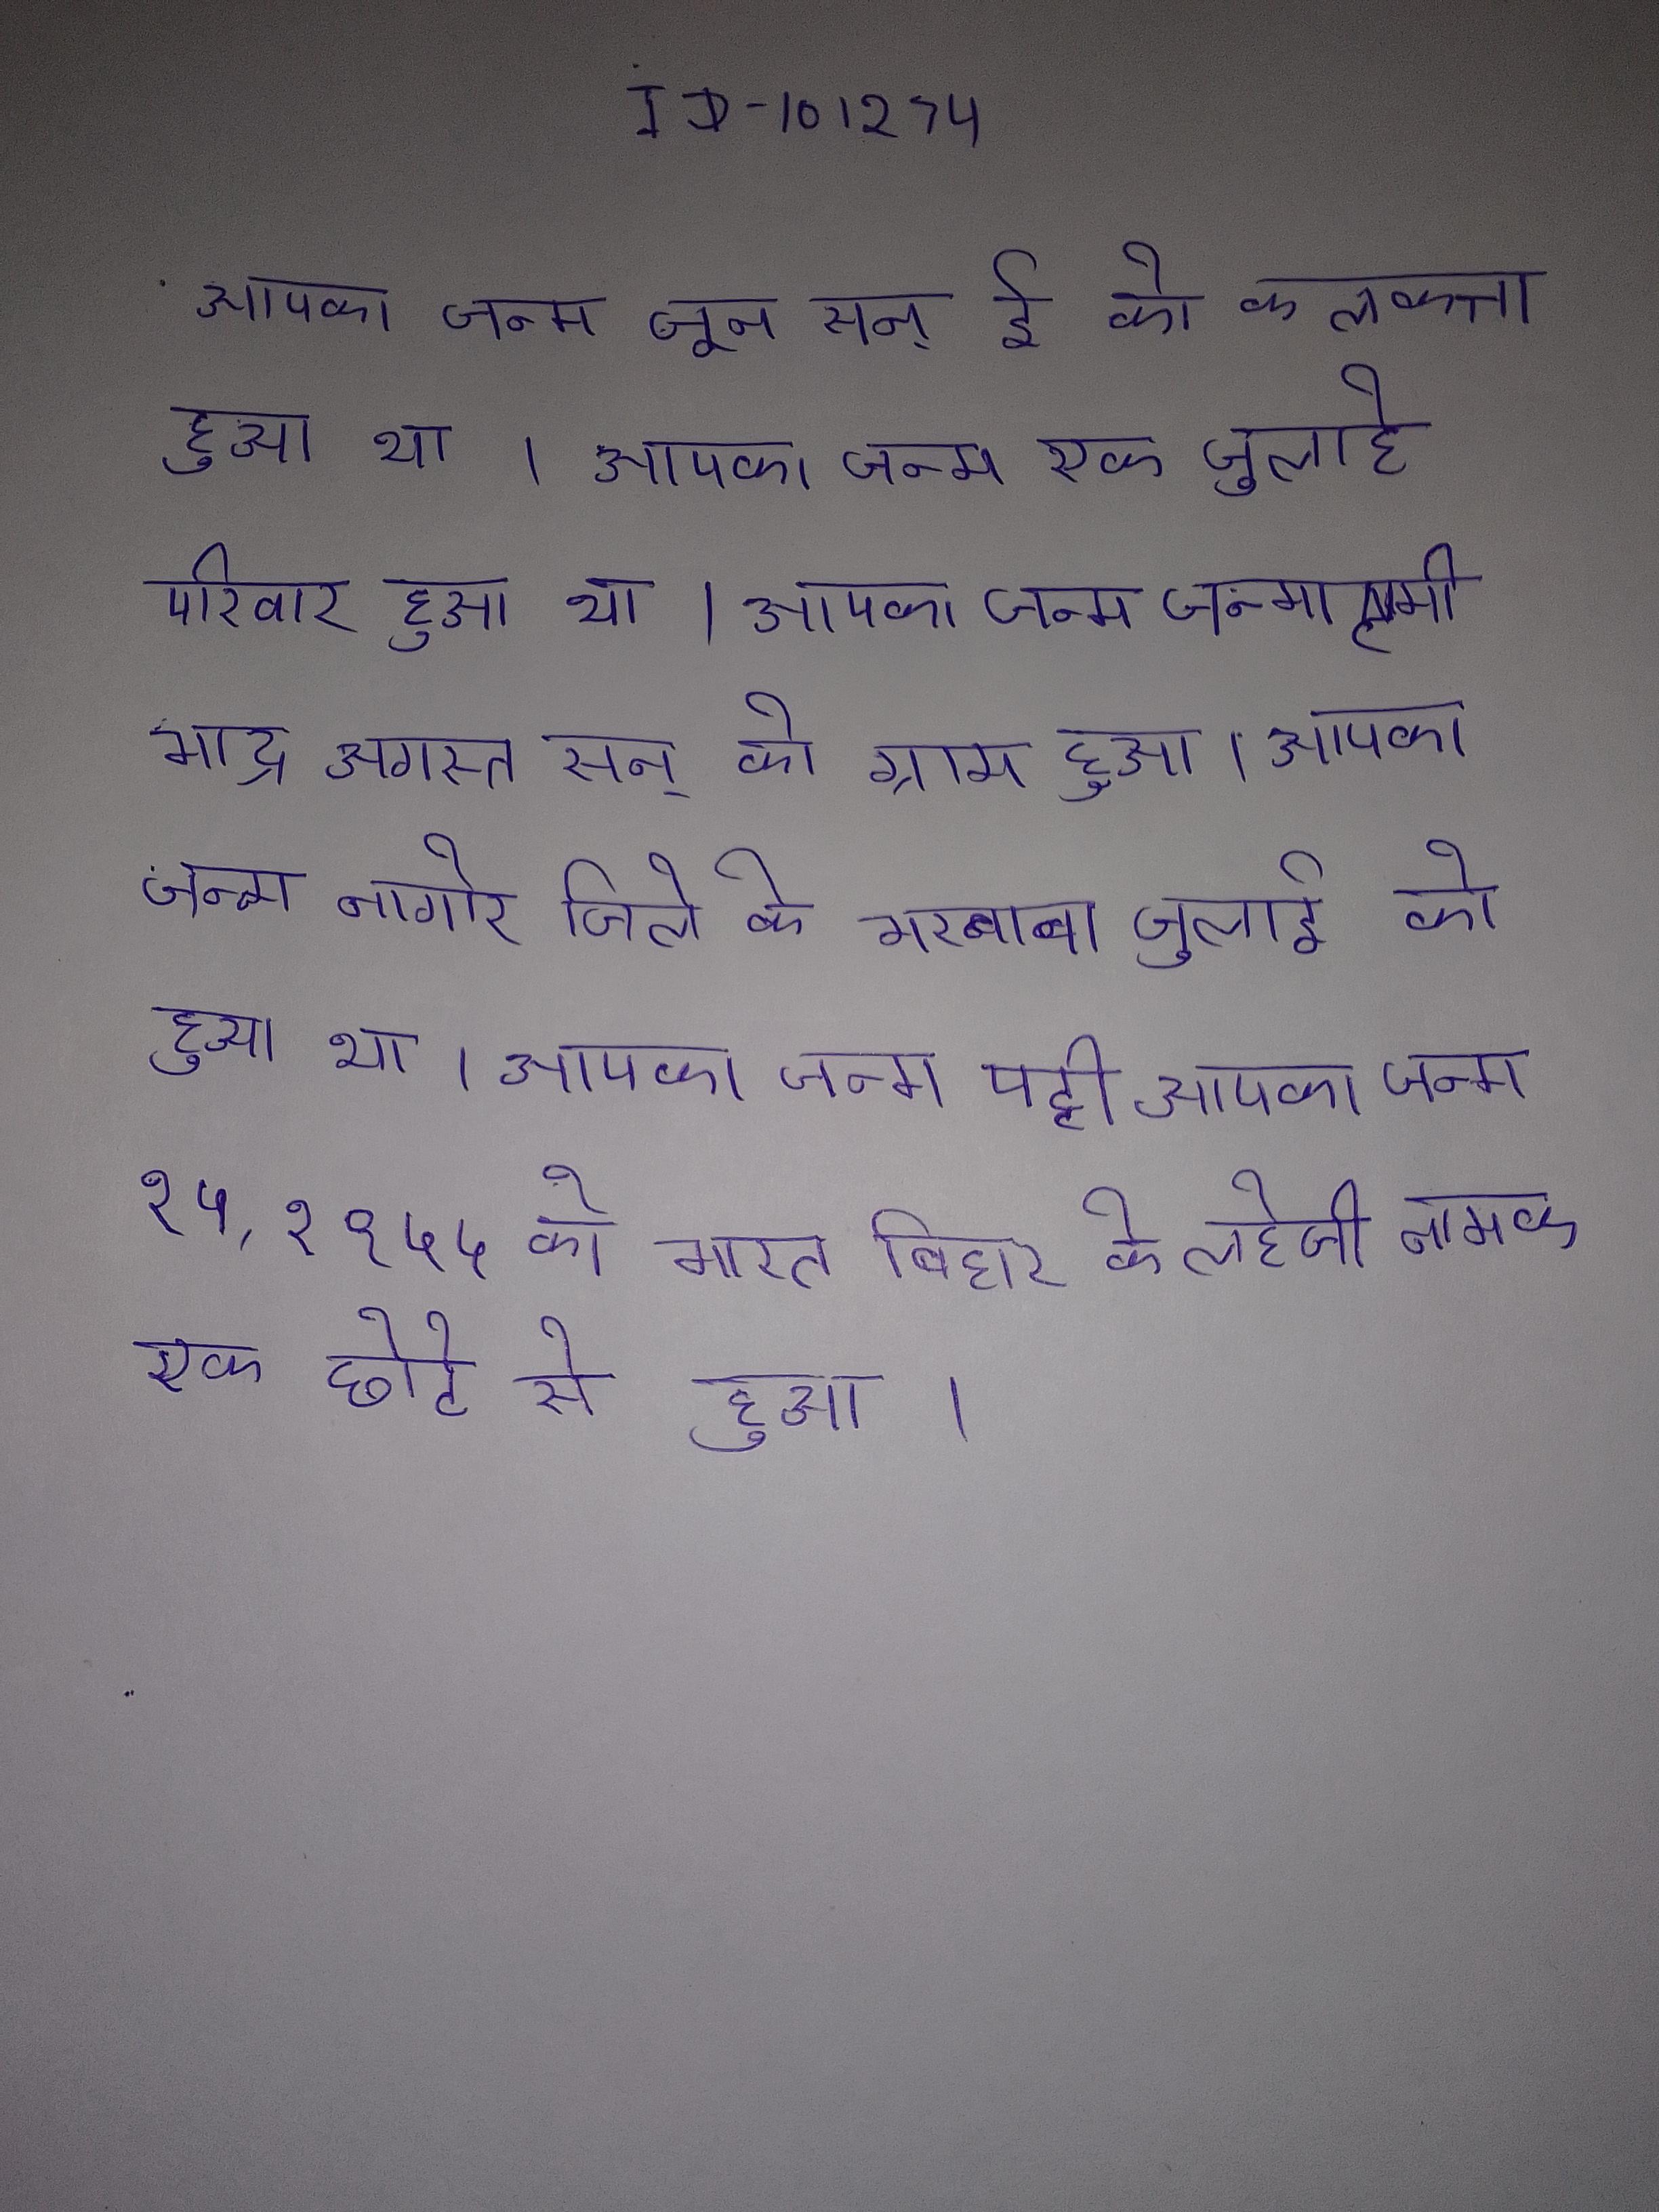
आपका जन्म जून सन् ई. को कलकत्ता हुआ था । आपका जन्म एक जुलाहे परिवार हुआ था । आपका जन्म जन्माष्टमी भाद्र अगस्त सन् को ग्राम हुआ । आपका जन्म नागोर जिले के भरनावा जुलाई को हुआ । आपका जन्म पट्टी आपका जन्म १५, १९५५ को भारत बिहार के लहेजी नामक एक छोटे से हुआ ।